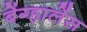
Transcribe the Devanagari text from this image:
बेंग्हालेंस